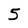
Character: 5